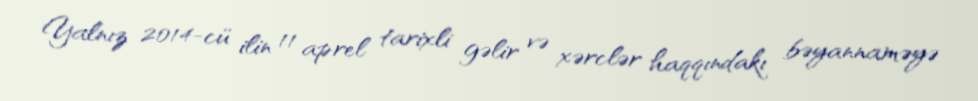
Yalnız 2014-cü ilin 11 aprel tarixli gəlir və xərclər haqqındakı bəyannaməyə